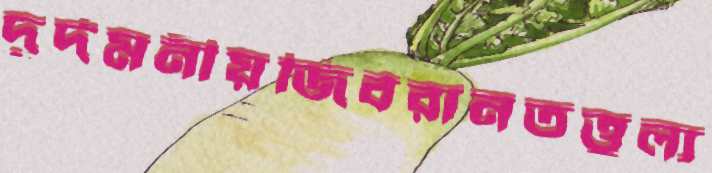
দূর্দমনীয়জিবরানতত্তুল্য